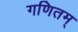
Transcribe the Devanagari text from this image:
गणितम्